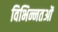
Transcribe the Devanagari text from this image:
विभिन्नतओं